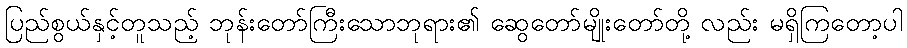
ပြည်စွယ်နှင့်တူသည့် ဘုန်းတော်ကြီးသောဘုရား၏ ဆွေတော်မျိုးတော်တို့ လည်း မရှိကြတော့ပါ